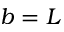
b = L